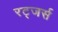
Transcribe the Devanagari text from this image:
रट्जर्स